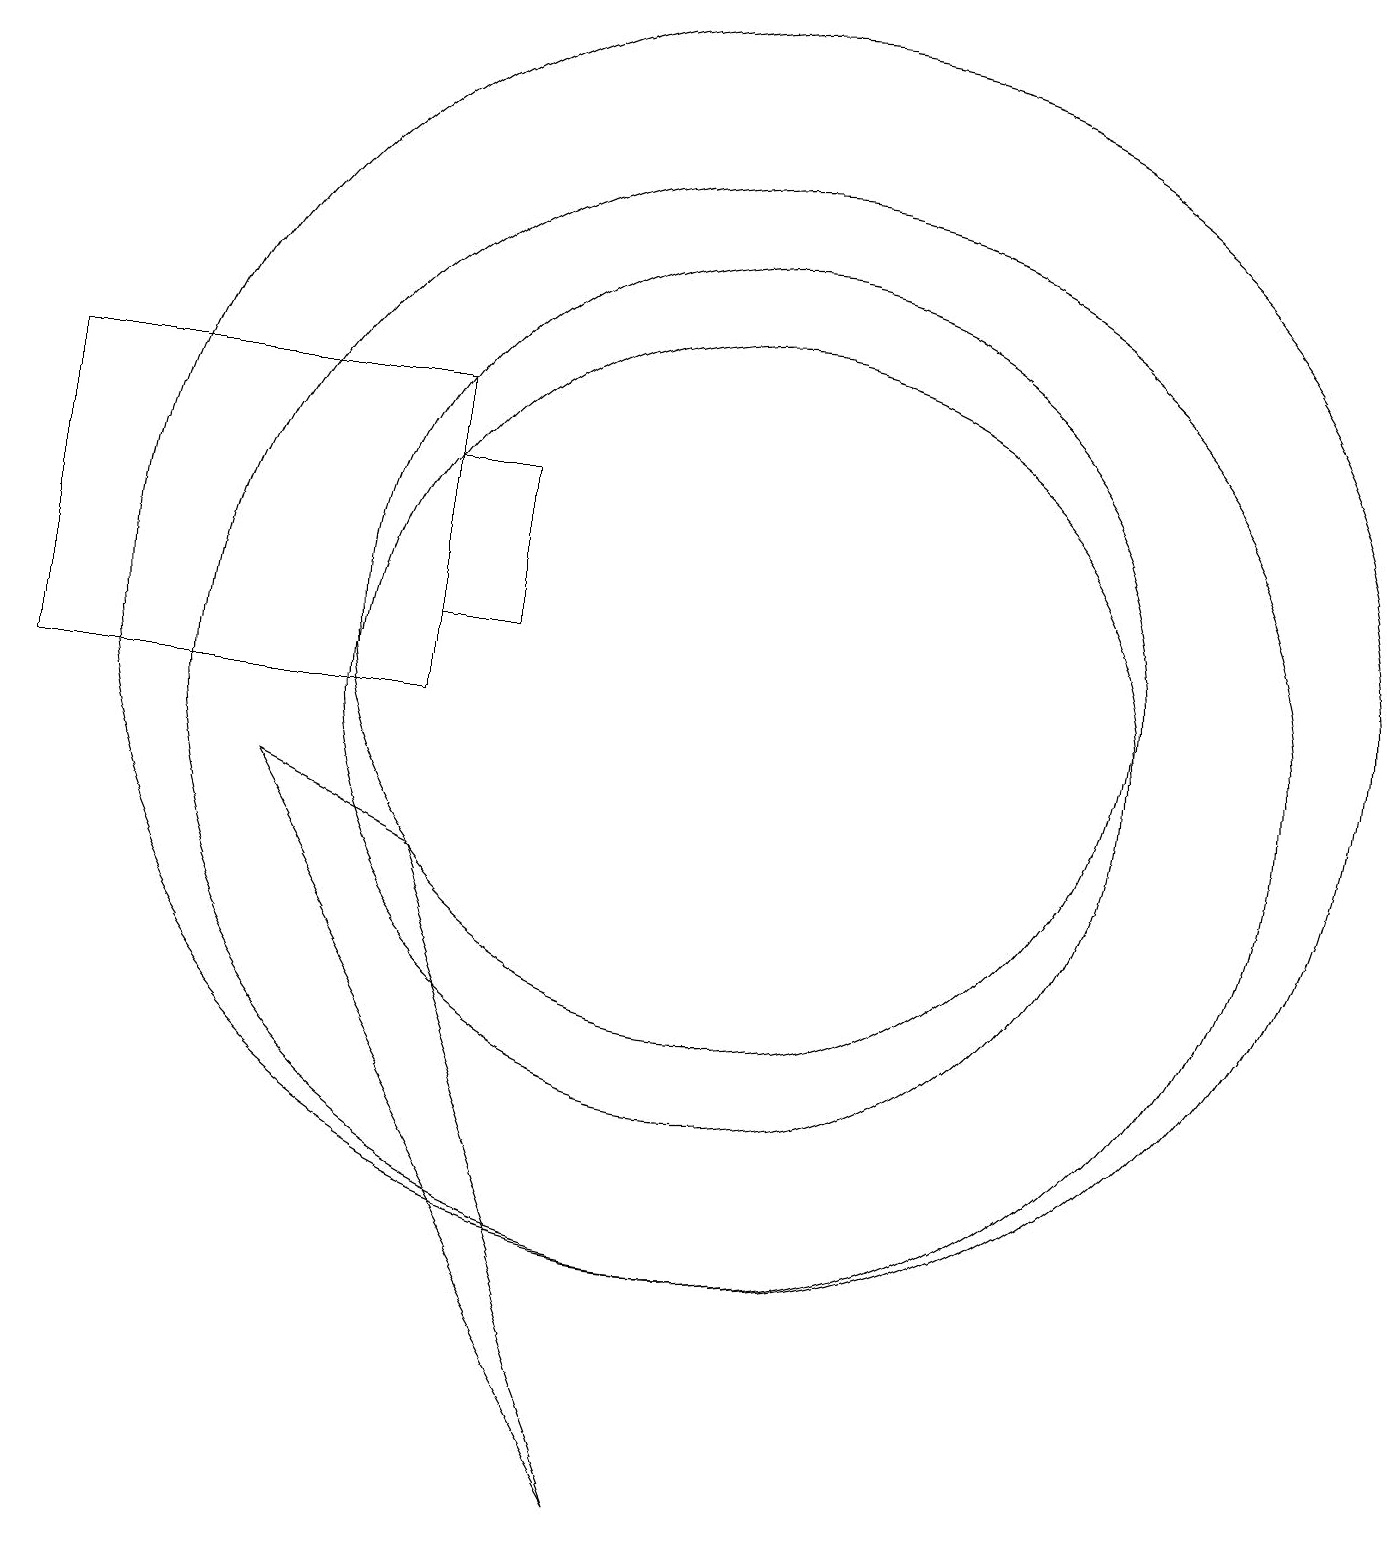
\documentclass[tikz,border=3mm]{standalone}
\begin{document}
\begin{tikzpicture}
\draw (6,14) rectangle (1,10);
\draw (7,11) rectangle (6,13);
\draw (10,11) circle (5);
\draw (10,10) circle (5);
\draw (10,11) circle (8);
\draw (10,10) circle (7);
\draw (4,9) -- (9,0) -- (6,8) -- cycle;
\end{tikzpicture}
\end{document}